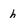
Character: h